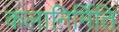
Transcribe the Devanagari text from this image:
कलानिर्मिति